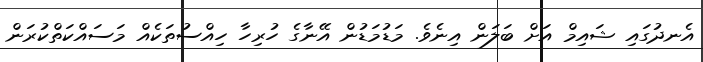
އެނދުގައި ޝައިމް އަށް ބަލަން އިނެވެ. މަޑުމަޑުން އޭނާގެ ހުރިހާ ހިއްސުތަކެއް މަސައްކަތްކުރަން